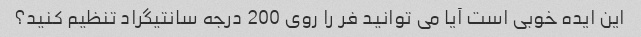
این ایده خوبی است آیا می توانید فر را روی 200 درجه سانتیگراد تنظیم کنید؟